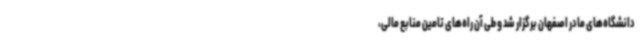
دانشگاه‌های مادر اصفهان برگزار شد و طی آن راه‌های تامین منابع مالی،